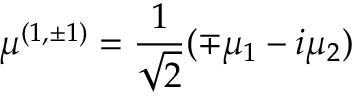
\mu ^ { ( 1 , \pm 1 ) } = \frac { 1 } { \sqrt { 2 } } ( \mp \mu _ { 1 } - i \mu _ { 2 } )